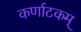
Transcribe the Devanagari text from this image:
कर्णाटकम्